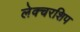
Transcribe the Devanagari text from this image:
लेक्चरशिप